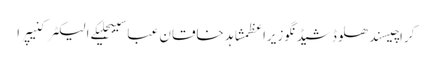
کراچیسندھلوڈشیڈنگوزیراعظمشاہد خاقان عباسیبجلیکے الیکٹرکنیپرا